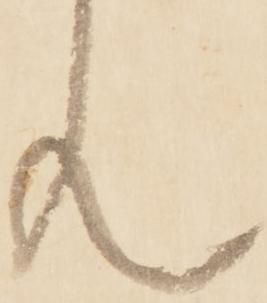
ん